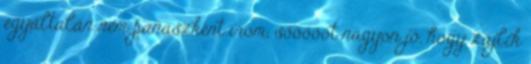
egyáltalán nem panaszként írom, sőőőőőt nagyon jó, hogy zajlik